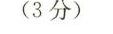
(3分)